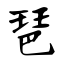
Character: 琶